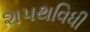
શપથવિધી